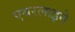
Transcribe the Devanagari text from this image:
एयरलाइने